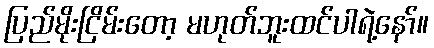
ပြည်မိုးငြိမ်းတော့ မဟုတ်ဘူးထင်ပါရဲ့နော်။